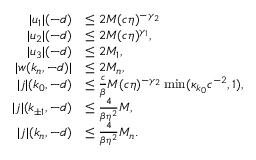
\begin{array} { r l } { \vert u _ { 1 } \vert ( - d ) } & { \le 2 M ( c \eta ) ^ { - \gamma _ { 2 } } } \\ { \vert u _ { 2 } \vert ( - d ) } & { \le 2 M ( c \eta ) ^ { \gamma _ { 1 } } , } \\ { \vert u _ { 3 } \vert ( - d ) } & { \le 2 M _ { 1 } , } \\ { \vert w ( k _ { n } , - d ) \vert } & { \le 2 M _ { n } , } \\ { \vert j \vert ( k _ { 0 } , - d ) } & { \le \frac { c } \beta M ( c \eta ) ^ { - \gamma _ { 2 } } \operatorname* { m i n } ( \kappa _ { k _ { 0 } } c ^ { - 2 } , 1 ) , } \\ { \vert j \vert ( k _ { \pm 1 } , - d ) } & { \le \frac 4 { \beta \eta ^ { 2 } } M , } \\ { \vert j \vert ( k _ { n } , - d ) } & { \le \frac 4 { \beta \eta ^ { 2 } } M _ { n } . } \end{array}